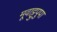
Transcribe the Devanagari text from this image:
मूवाट्टुपुपा